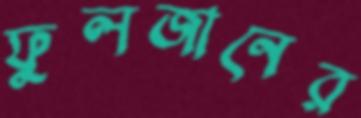
ফুলজানের